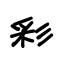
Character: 彩